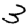
Digit: 3